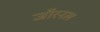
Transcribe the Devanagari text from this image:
जॉरनल